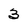
Character: 3